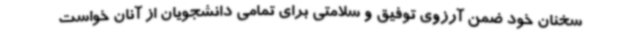
سخنان خود ضمن آرزوی توفیق و سلامتی برای تمامی دانشجویان از آنان خواست